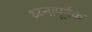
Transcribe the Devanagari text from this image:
ध्य्नापूर्वक